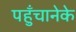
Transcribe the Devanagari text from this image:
पहुँचानेके